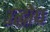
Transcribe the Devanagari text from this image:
उद्घोध